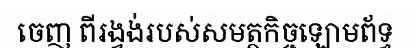
ចេញ ពីរង្វង់របស់សមត្ថកិច្ចឡោមព័ទ្ធ